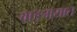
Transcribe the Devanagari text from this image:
वाङ्‍मयात